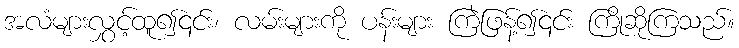
အလံများလွှင့်ထူ၍၎င်း၊ လမ်းများကို ပန်းများ ကြဲဖြန့်၍၎င်း ကြိုဆိုကြသည်။